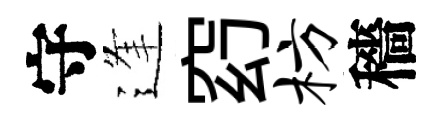
守逢𥥆枋穡